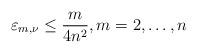
LaTeX: \begin{align*}\varepsilon_{m,\nu}\le \frac{m}{4n^{2}},m=2,\ldots,n\end{align*}